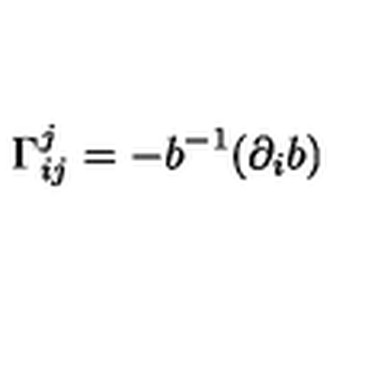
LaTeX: \Gamma _ { i j } ^ { j } = - b ^ { - 1 } ( \partial _ { i } b )